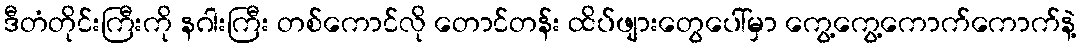
ဒီတံတိုင်းကြီးကို နဂါးကြီး တစ်ကောင်လို တောင်တန်း ထိပ်ဖျားတွေပေါ်မှာ ကွေ့ကွေ့ကောက်ကောက်နဲ့